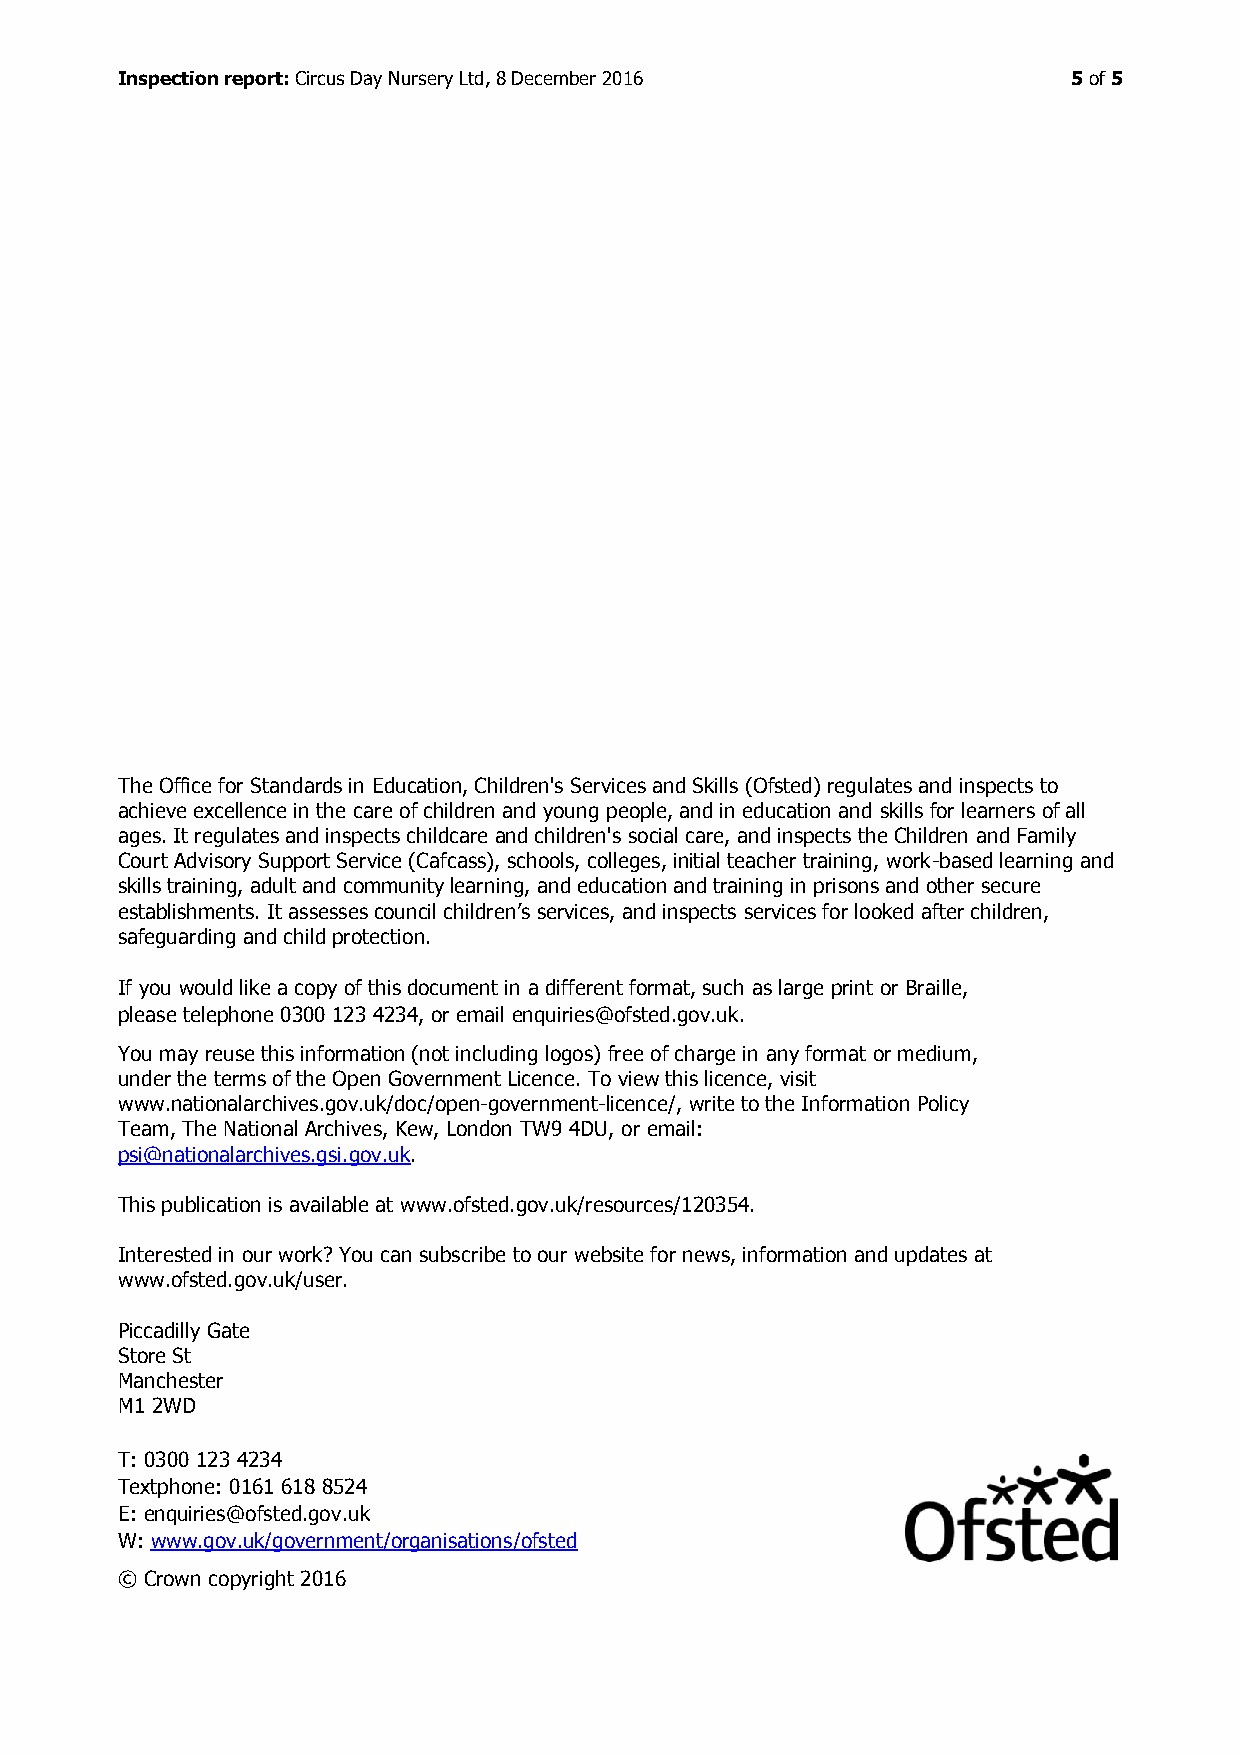
Inspection report: Circus Day Nursery Ltd, 8 December 2016     5 of 5
 The Office for Standards in Education, Children's Services and Skills (Ofsted) regulates and inspects to
 achieve excellence in the care of children and young people, and in education and skills for learners of all
 ages. It regulates and inspects childcare and children's social care, and inspects the Children and Family
 Court Advisory Support Service (Cafcass), schools, colleges, initial teacher training, work-based learning and
 skills training, adult and community learning, and education and training in prisons and other secure
 establishments. It assesses council children’s services, and inspects services for looked after children,
 safeguarding and child protection.
 If you would like a copy of this document in a different format, such as large print or Braille,
 please telephone 0300 123 4234, or email enquiries@ofsted.gov.uk.
 You may reuse this information (not including logos) free of charge in any format or medium,
 under the terms of the Open Government Licence. To view this licence, visit
 www.nationalarchives.gov.uk/doc/open-government-licence/, write to the Information Policy
 Team, The National Archives, Kew, London TW9 4DU, or email:
 psi@nationalarchives.gsi.gov.uk.
 This publication is available at www.ofsted.gov.uk/resources/120354.
 Interested in our work? You can subscribe to our website for news, information and updates at
 www.ofsted.gov.uk/user.
 Piccadilly Gate
 Store St
 Manchester
 M1 2WD
 T: 0300 123 4234
 Textphone: 0161 618 8524
 E: enquiries@ofsted.gov.uk
 W: www.gov.uk/government/organisations/ofsted
 © Crown copyright 2016